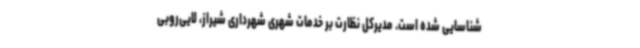
شناسایی شده است. مدیرکل نظارت بر خدمات شهری شهرداری شیراز، لایی‌روبی